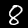
Label: 8